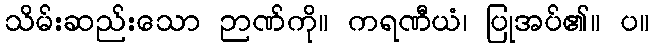
သိမ်းဆည်းသော ဉာဏ်ကို။ ကရဏီယံ၊ ပြုအပ်၏။ ပ။